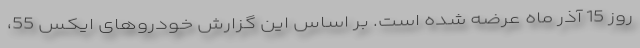
روز 15 آذر ماه عرضه شده است. بر اساس این گزارش خودروهای ایکس 55،